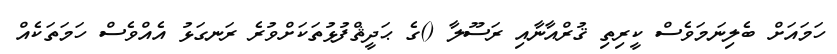
ހަމައަށް ބެލިނަމަވެސް ކީރިތި ޤުރްއާނާއި ރަސޫލާ ()ގެ ޙަދީޘްފުޅުތަކަށްވުރެ ރަނގަޅު އެއްވެސް ހަމަތަކެއް